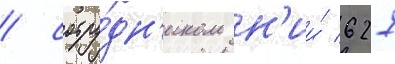
/ сотру́дн'иком н'ии́ 627